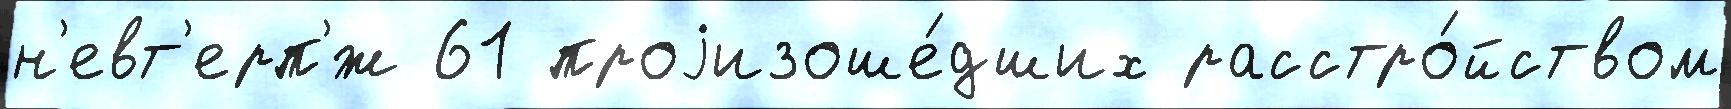
н'евт'ерп'́ж 61 проjизоше́дших расстро́йством